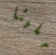
مليئا